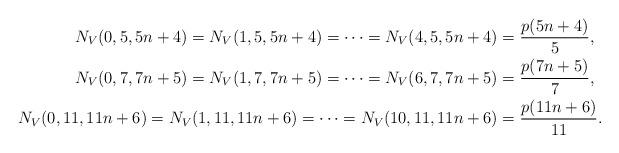
LaTeX: \begin{align*}N_V(0,5,5n+4)=N_V(1,5,5n+4)=\cdots=N_V(4,5,5n+4) &=\dfrac{p(5n+4)}{5},\\N_V(0,7,7n+5)=N_V(1,7,7n+5)=\cdots=N_V(6,7,7n+5) &=\dfrac{p(7n+5)}{7},\\N_V(0,11,11n+6)=N_V(1,11,11n+6)=\cdots=N_V(10,11,11n+6) &=\dfrac{p(11n+6)}{11}.\end{align*}